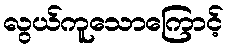
လွယ်ကူသောကြောင့်